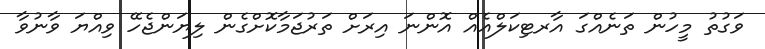
ވަގުުތު މީހުން ތަނެއްގަ އާރޓިކަލްއެއް އޮންނަ އިރަށް ތަރުޖަމާކޮށްގެން ލިޔަންޖެހޭ ވިއްޔަ ވާނުވާ